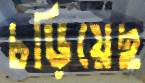
চড়িয়েছ